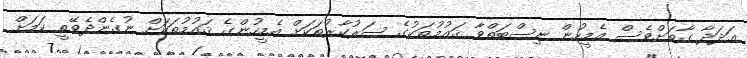
ޢަދަދާ ގާތަށްވެސް އެމީހުން ނިސްބަތްވާ ޤައުމުތަކުގެ ސަރުކާރުތަކަށް އެމީހުންގެ ޤައުމުތަކަށް ނުގެންދެވޭތީ ކަމަށް